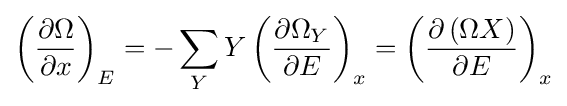
\left({\frac {\partial \Omega }{\partial x}}\right)_{E}=-\sum _{Y}Y\left({\frac {\partial \Omega _{Y}}{\partial E}}\right)_{x}=\left({\frac {\partial \left(\Omega X\right)}{\partial E}}\right)_{x}